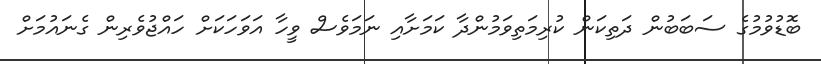
ބޮޑުވުމުގެ ސަބަބުން ދަތިކަން ކުރިމަތިވަމުންދާ ކަމަށާއި ނަމަވެސް ވީހާ އަވަހަކަށް ހައްޖުވެރިން ގެނައުމަށް